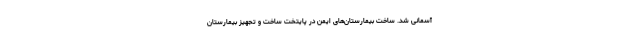
آسمانی شد. ساخت بیمارستان‌­های ایمن در پایتخت ساخت و تجهیز بیمارستان